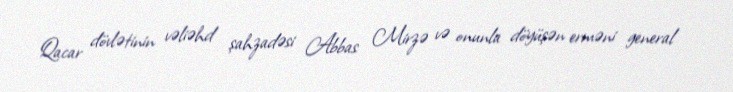
Qacar dövlətinin vəliəhd şahzadəsi Abbas Mirzə və onunla döyüşən erməni general